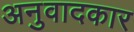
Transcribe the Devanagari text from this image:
अनुवादकार